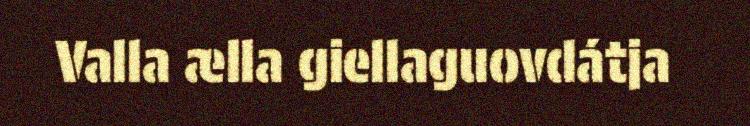
Valla ælla giellaguovdátja